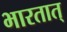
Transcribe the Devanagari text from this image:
भारतात्